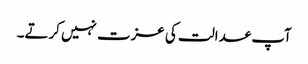
آپ عدالت کی عزت نہیں کرتے۔